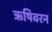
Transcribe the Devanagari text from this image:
ऋषिवरन